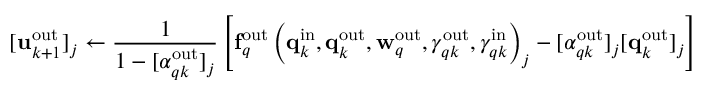
[ \mathbf { u } _ { k + 1 } ^ { \mathrm { o u t } } ] _ { j } \gets \frac { 1 } { 1 - [ \alpha _ { q k } ^ { \mathrm { o u t } } ] _ { j } } \left[ \mathbf { f } _ { q } ^ { \mathrm { o u t } } \left( \mathbf { q } _ { k } ^ { \mathrm { i n } } , \mathbf { q } _ { k } ^ { \mathrm { o u t } } , \mathbf { w } _ { q } ^ { \mathrm { o u t } } , \gamma _ { q k } ^ { \mathrm { o u t } } , \gamma _ { q k } ^ { \mathrm { i n } } \right) _ { j } - [ \alpha _ { q k } ^ { \mathrm { o u t } } ] _ { j } [ \mathbf { q } _ { k } ^ { \mathrm { o u t } } ] _ { j } \right]